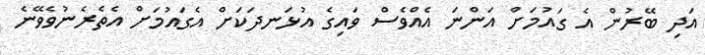
އަދި ބޭރުން އެ ގައުމަށް އަންނަ އެއްވެސް ވައިގެ އުޅަނދަކަށް އެގައުމަށް އެތެރެނުވެވޭނެ